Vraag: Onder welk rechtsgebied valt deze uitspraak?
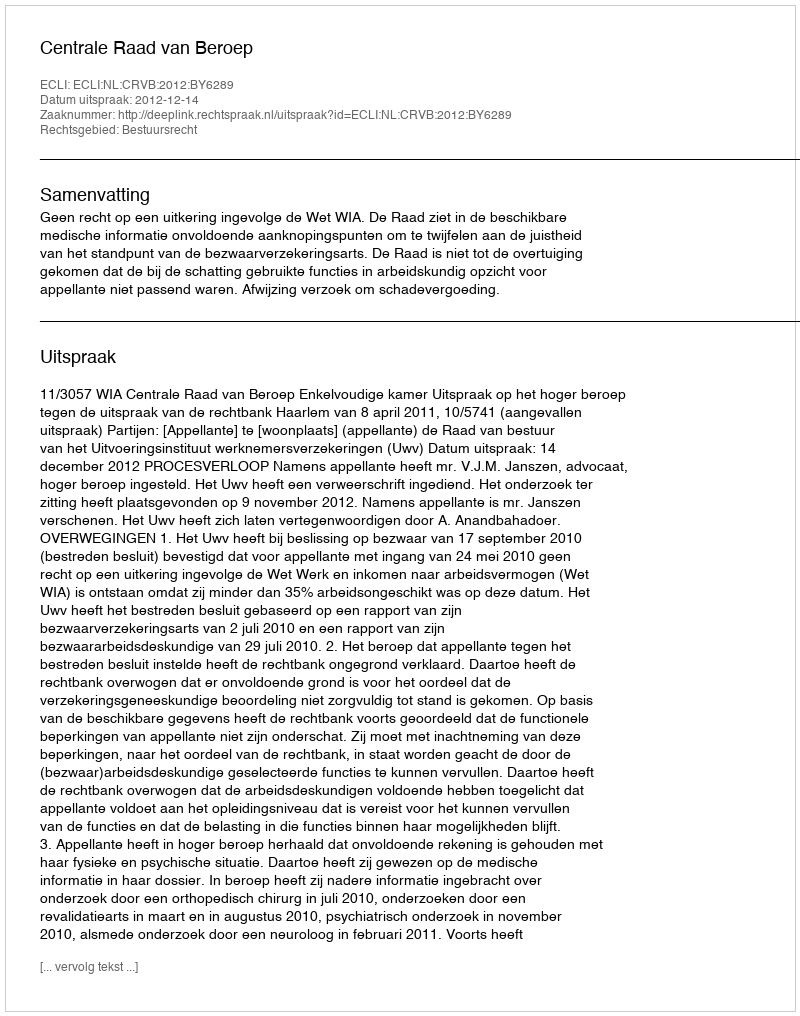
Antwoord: Bestuursrecht